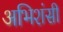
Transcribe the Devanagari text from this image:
अभिशंसी